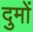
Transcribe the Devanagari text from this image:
दुमों